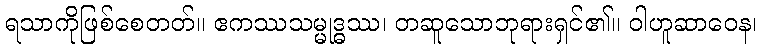
ရသာကိုဖြစ်စေတတ်။ ဧကဿသမ္မုဒ္ဓဿ၊ တဆူသောဘုရားရှင်၏။ ဝါဟူဆာဝေန၊